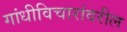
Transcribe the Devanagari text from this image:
गांधीविचारांवरील